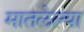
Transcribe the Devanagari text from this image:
मातलेल्या